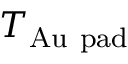
T _ { \mathrm { A u \ p a d } }